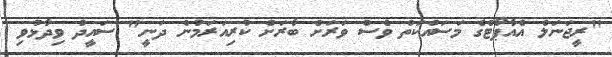
"ރީޖަނަލް އެއާޕޯޓްގެ މަސައްކަތް ވެސް ވަރަށް ބާރަށް ކުރިއަރަމުން ދަނީ" ސައީދު ވިދާޅުވި